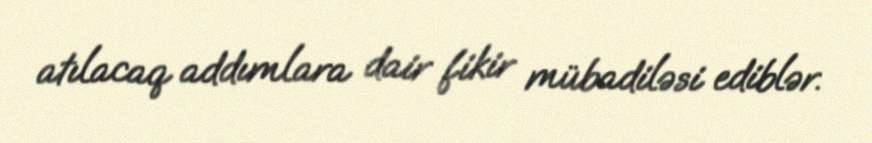
atılacaq addımlara dair fikir mübadiləsi ediblər.